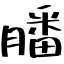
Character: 膰